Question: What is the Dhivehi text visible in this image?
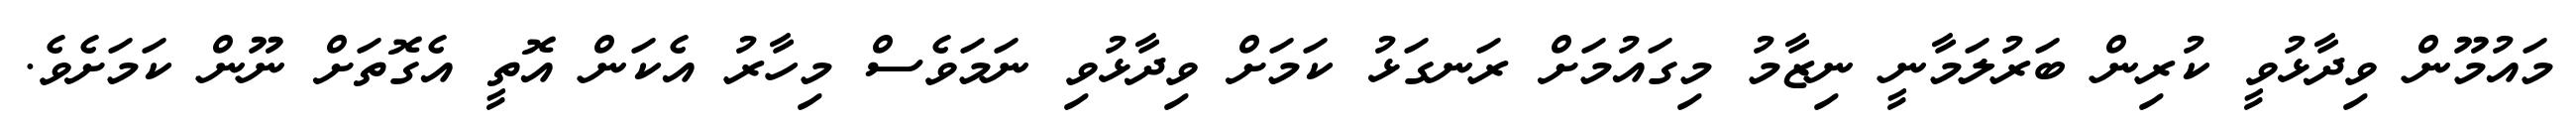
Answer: މައުމޫން ވިދާޅުވީ ކުރިން ބަރުލަމާނީ ނިޒާމު މިގައުމަށް ރަނގަޅު ކަމަށް ވިދާޅުވި ނަމަވެސް މިހާރު އެކަން އޮތީ އެގޮތަށް ނޫން ކަމަށެވެ.